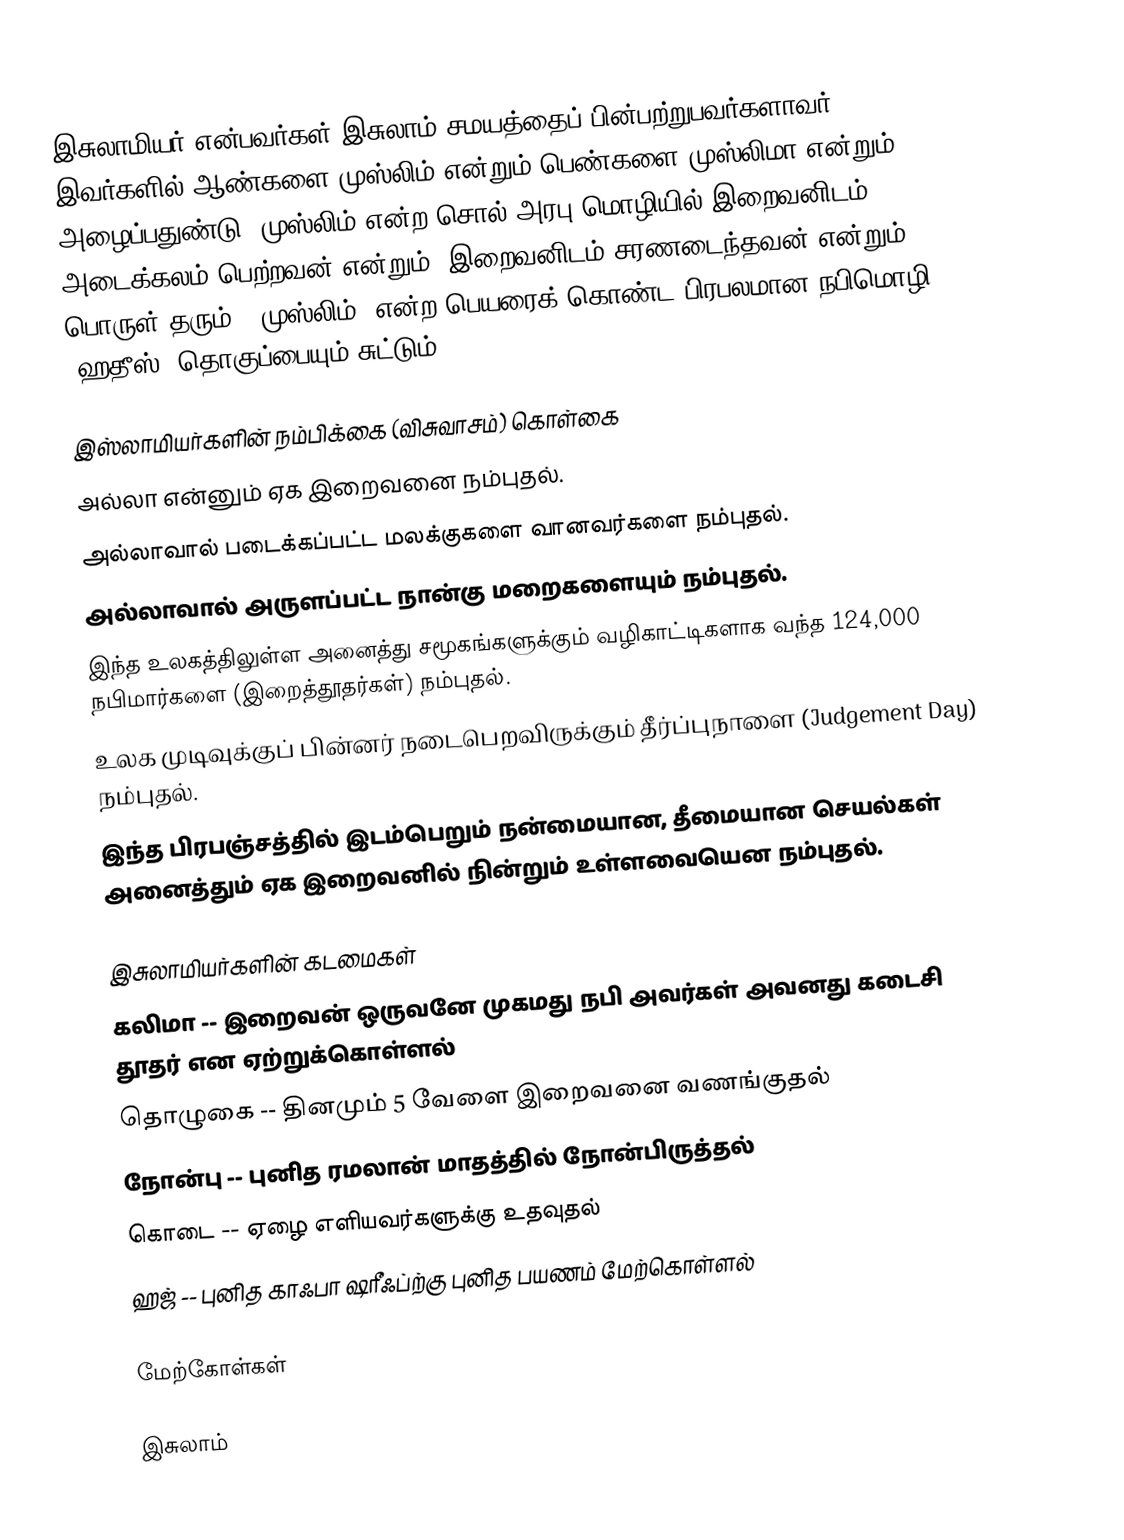
இசுலாமியர் என்பவர்கள் இசுலாம் சமயத்தைப் பின்பற்றுபவர்களாவர். இவர்களில் ஆண்களை முஸ்லிம் என்றும் பெண்களை முஸ்லிமா என்றும் அழைப்பதுண்டு. முஸ்லிம் என்ற சொல் அரபு மொழியில் இறைவனிடம் அடைக்கலம் பெற்றவன் என்றும், இறைவனிடம் சரணடைந்தவன் என்றும் பொருள் தரும். 'முஸ்லிம்' என்ற பெயரைக் கொண்ட பிரபலமான நபிமொழி (ஹதீஸ்) தொகுப்பையும் சுட்டும்.

இஸ்லாமியர்களின் நம்பிக்கை (விசுவாசம்) கொள்கை
 அல்லா என்னும் ஏக இறைவனை நம்புதல்.
 அல்லாவால் படைக்கப்பட்ட மலக்குகளை வானவர்களை நம்புதல்.
 அல்லாவால் அருளப்பட்ட நான்கு மறைகளையும் நம்புதல்.
 இந்த உலகத்திலுள்ள அனைத்து சமூகங்களுக்கும் வழிகாட்டிகளாக வந்த 124,000 நபிமார்களை (இறைத்தூதர்கள்) நம்புதல்.
 உலக முடிவுக்குப் பின்னர் நடைபெறவிருக்கும் தீர்ப்புநாளை (Judgement Day) நம்புதல்.
 இந்த பிரபஞ்சத்தில் இடம்பெறும் நன்மையான, தீமையான செயல்கள் அனைத்தும் ஏக இறைவனில் நின்றும் உள்ளவையென நம்புதல்.

இசுலாமியர்களின் கடமைகள்
 கலிமா -- இறைவன் ஒருவனே முகமது நபி அவர்கள் அவனது கடைசி தூதர் என ஏற்றுக்கொள்ளல்
 தொழுகை -- தினமும் 5 வேளை இறைவனை வணங்குதல்
 நோன்பு -- புனித ரமலான் மாதத்தில் நோன்பிருத்தல்
 கொடை -- ஏழை எளியவர்களுக்கு உதவுதல்
 ஹஜ் -- புனித காஃபா ஷரீஃப்ற்கு புனித பயணம் மேற்கொள்ளல்

மேற்கோள்கள்

இசுலாம்